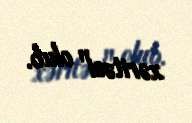
xəritəsi" olub.